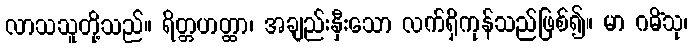
လာသသူတို့သည်။ ရိတ္တဟတ္ထာ၊ အချည်းနှီးသော လက်ရှိကုန်သည်ဖြစ်၍။ မာ ဂမိံသု၊